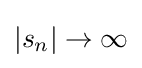
\left|s_{n}\right|\to \infty